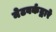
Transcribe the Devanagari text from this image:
नेटवर्कद्वारे